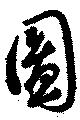
図